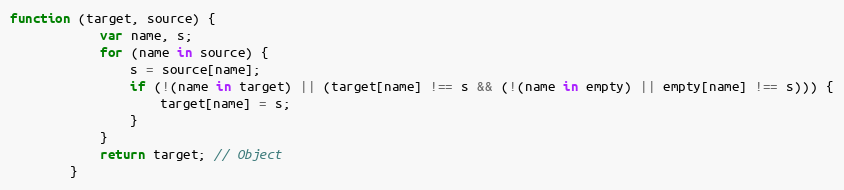
Language: JavaScript
function (target, source) {
            var name, s;
            for (name in source) {
                s = source[name];
                if (!(name in target) || (target[name] !== s && (!(name in empty) || empty[name] !== s))) {
                    target[name] = s;
                }
            }
            return target; // Object
        }